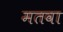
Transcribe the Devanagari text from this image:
मतवा